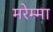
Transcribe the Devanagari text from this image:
मरेम्मा